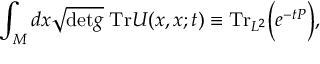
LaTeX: \int _ { M } d x \sqrt { \mathrm { { d e t } } g } \; \mathrm { { T r } } U ( x , x ; t ) \equiv \mathrm { { T r } } _ { L ^ { 2 } } \Bigr ( e ^ { - t P } \Bigr ) ,